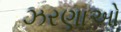
ઝરણાઓ